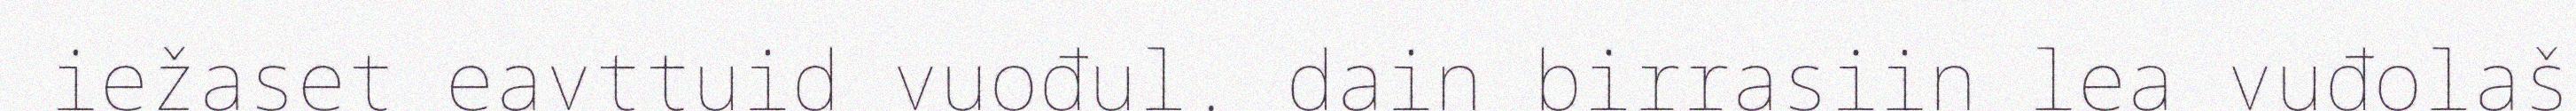
iežaset eavttuid vuođul. dain birrasiin lea vuđolaš